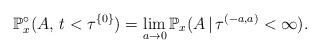
LaTeX: \begin{align*} \mathbb{P}^{\circ}_x(A,\, t< \tau^{\{0\}})=\lim_{a\to 0}\mathbb{P}_x(A\,|\,\tau^{(-a,a)}<\infty). \end{align*}